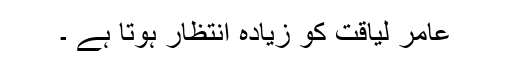
عامر لیاقت کو زیادہ انتظار ہوتا ہے ۔